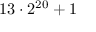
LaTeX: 1 3 \cdot 2 ^ { 2 0 } + 1